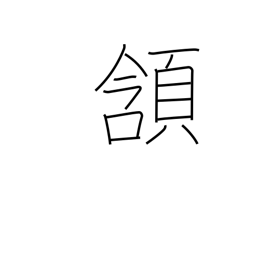
Meaning: nod approval